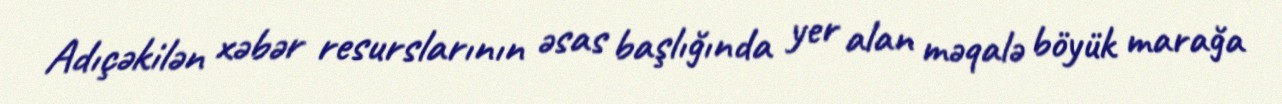
Adıçəkilən xəbər resurslarının əsas başlığında yer alan məqalə böyük marağa